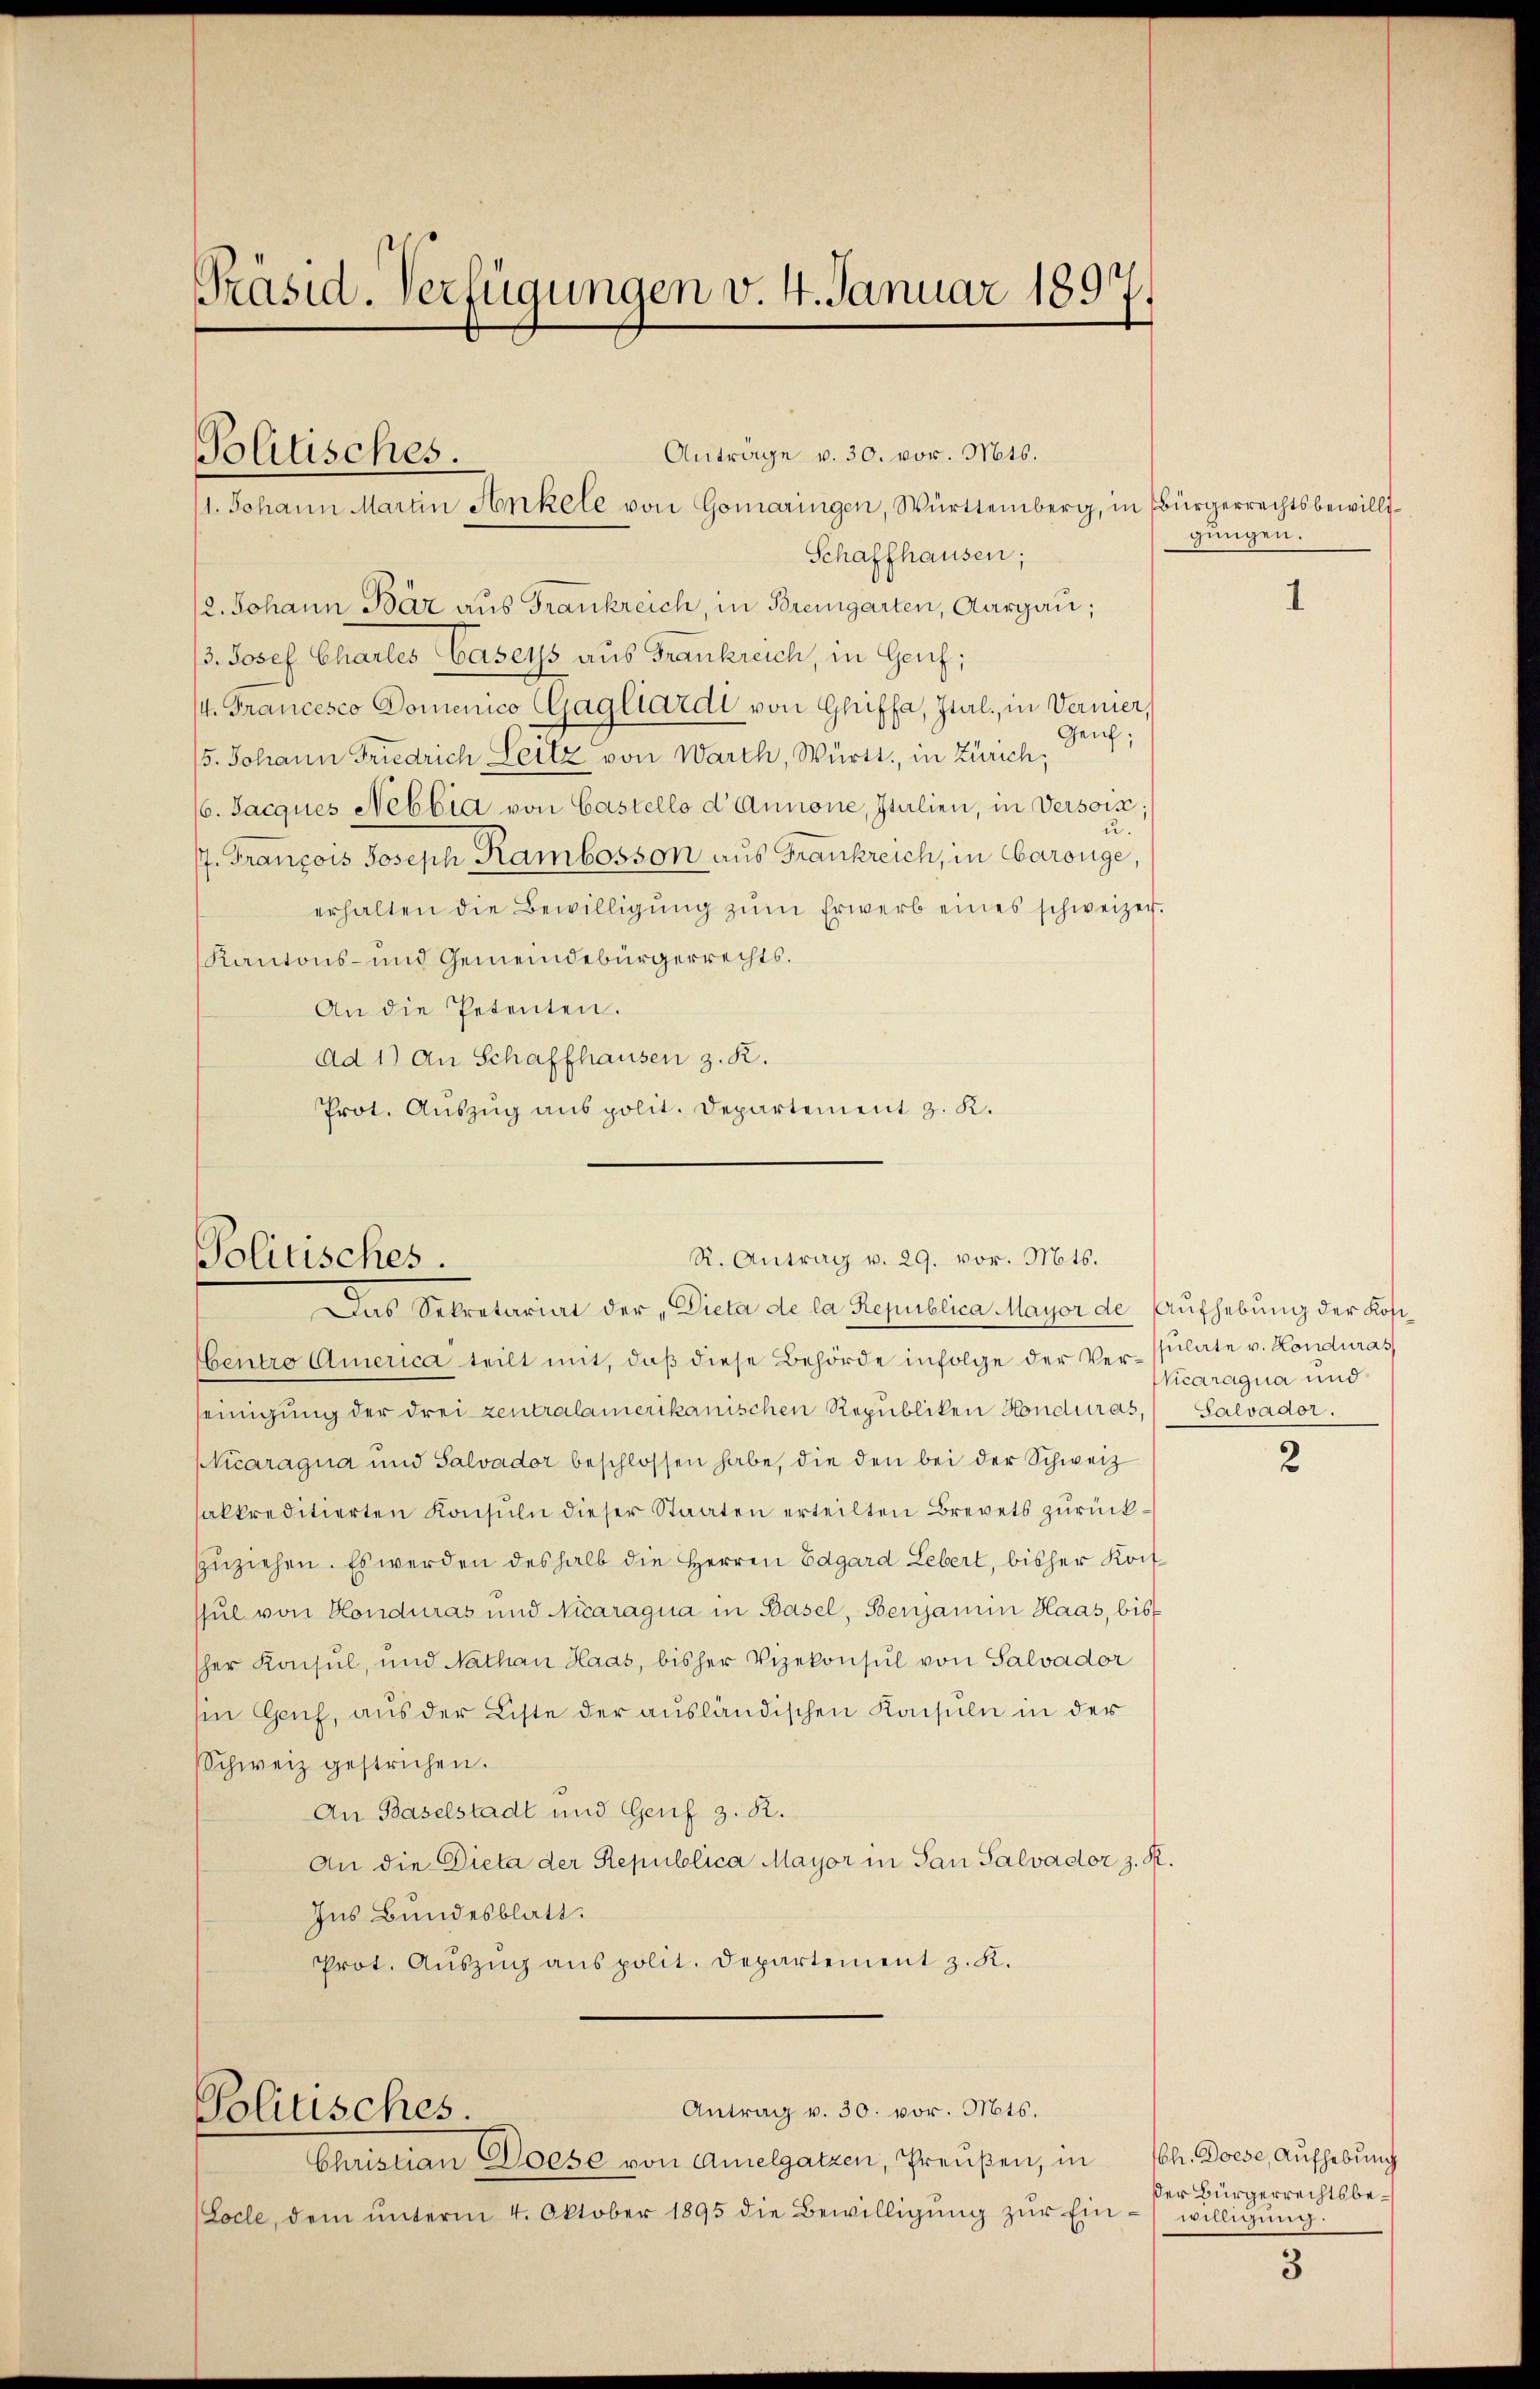
Präsid. Verfügungen v. 4. Januar 1897.

Anträge v. 30. vor. Mts.Politisches.11. Johann Martin Ankele von Gomaringen, Württemberg, in Bürgerrechtsbewilli¬

Schaffhausen;2. Johann Bär aus Frankreich, in Bremgarten, Aargau;3. Josef Chartes Basels aus Frankreich, in Genf;/4. Francesco Domenico Gagllardt von Glüffa, Ital, in Verner,Genf;5. Johann Friedrich Seitz von Warth, Württ. in Zürich,16. Jacques Nebbia von Castello d Annone, Italien, in Versois;u./7. François Joseph Rambosson aus Frankreich, in Carouge,erhalten die Bewilligŭng zŭm Erwerb eines schweizer.Kantons- und Gemeindebürgerrechts.An die Petenten.Ad 1) An Schaffhausen z. R.Prot. Auszug aus polit. Departement z. K.

R. Antrag v. 29. vor. Mts.Politisches.Das Sekretariat der „Dicta de la Republica Mayor de Aufhebung der Kost

entro America teilt mit, daβ diese Behörde infolge der Ver-ssulate v. Kondurasseinigung der drei zentralamerikanischen Republiken Honduras, Salvador.NVicaragua und Salvador beschlossen habe, die den bei der Schweizsakkreditierten Konsuln dieser Staaten erteilten Brevets zurück¬zzuziehen. Es werden deshalb die Herren Edgard Lebert, bisher Konfshul von Honduras und Nicaragua in Basel, Benjamin Haas, bisscher Konsul, und Nathan Haas, bisher Vizekonsul von Salvadorin Genf, aus der Liste der ausländischen Konsuln in derSchweiz gestrichen.An Baselstadt und Genf z. R.An die Dieta der Republica Mayor in Pan Palvador z. R.Ins Bundesblatt.Prot. Auszug aus polit. Departement z. K.

Politisches

Antrag v. 30. vor. Mts.

Christian Doese von Amelgatzen, Preußen, in(Locle, dem ŭnterm 4. Oktober 1895 die Bewilligŭng zŭr Ein¬

gungen.

NVicaragua und

2

h. Doese, Aufhebungder Bürgerrechtsbe¬willigung.

3